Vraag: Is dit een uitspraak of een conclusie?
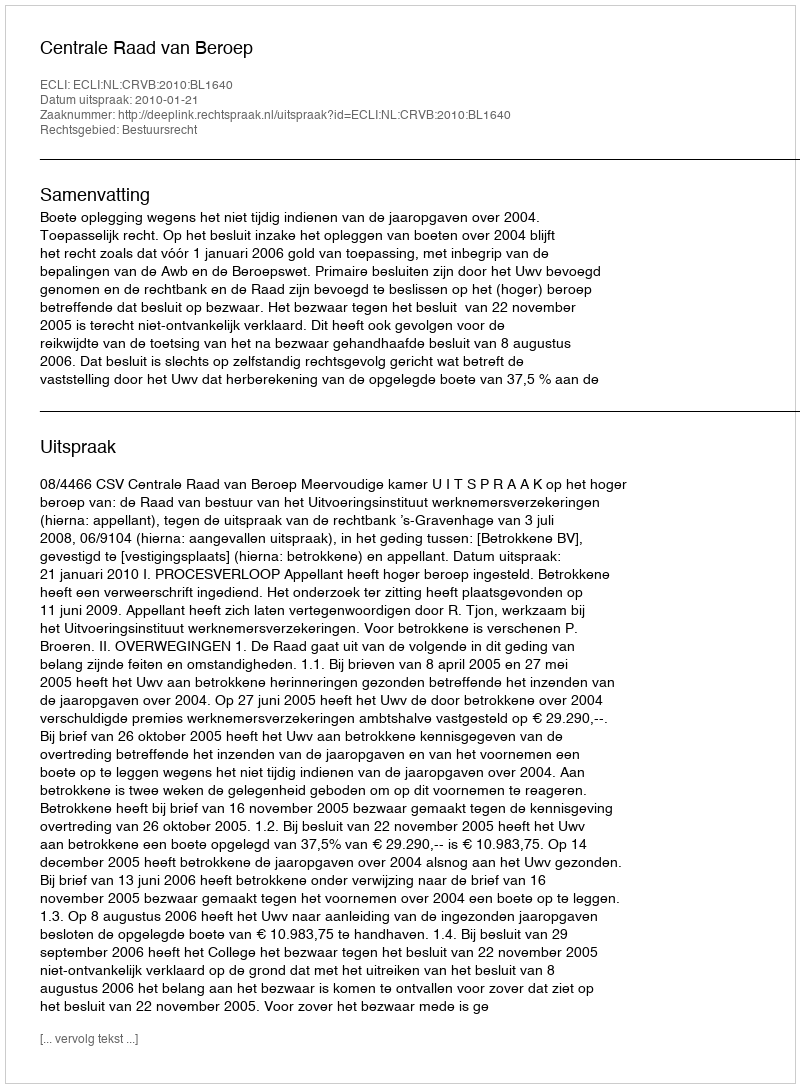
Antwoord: Uitspraak